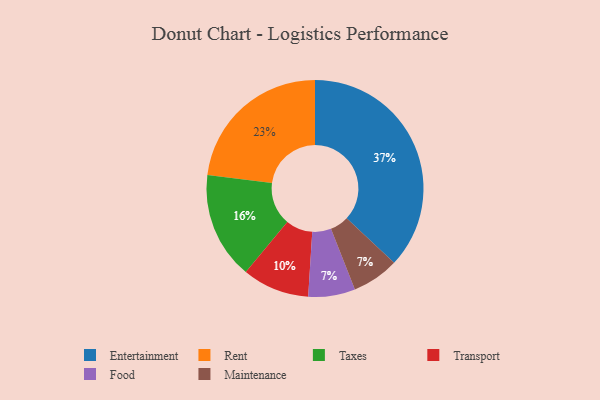
{"axis": {"x": "Category", "y": "Percentage"}, "legend": ["Entertainment", "Food", "Maintenance", "Rent", "Taxes", "Transport"], "data": [{"x": "Food", "y": 7, "type": "Food"}, {"x": "Transport", "y": 10, "type": "Transport"}, {"x": "Entertainment", "y": 37, "type": "Entertainment"}, {"x": "Rent", "y": 23, "type": "Rent"}, {"x": "Taxes", "y": 16, "type": "Taxes"}, {"x": "Maintenance", "y": 7, "type": "Maintenance"}]}